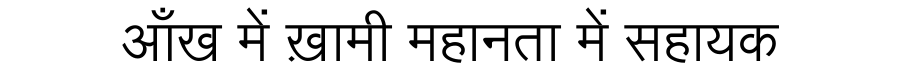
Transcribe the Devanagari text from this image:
आँख में ख़ामी महानता में सहायक